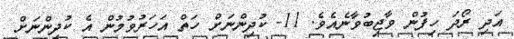
އަދި ރޯދަ ހިފުން ވާޖިބުވާނެއެވެ. 11- ކުދިންނަށް ހަތް އަހަރުވުމުން އެ ކުދިންނަށް